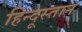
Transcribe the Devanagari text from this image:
हिन्दूस्तान